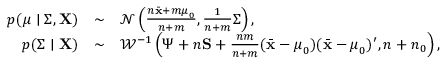
\begin{array} { r c l } { p ( { \boldsymbol { \mu } } \mid { \boldsymbol { \Sigma } } , \mathbf { X } ) } & { \sim } & { { \mathcal { N } } \left( { \frac { n { \bar { \mathbf { x } } } + m { \boldsymbol { \mu } } _ { 0 } } { n + m } } , { \frac { 1 } { n + m } } { \boldsymbol { \Sigma } } \right) , } \\ { p ( { \boldsymbol { \Sigma } } \mid \mathbf { X } ) } & { \sim } & { { \mathcal { W } } ^ { - 1 } \left( { \boldsymbol { \Psi } } + n \mathbf { S } + { \frac { n m } { n + m } } ( { \bar { \mathbf { x } } } - { \boldsymbol { \mu } } _ { 0 } ) ( { \bar { \mathbf { x } } } - { \boldsymbol { \mu } } _ { 0 } ) ^ { \prime } , n + n _ { 0 } \right) , } \end{array}